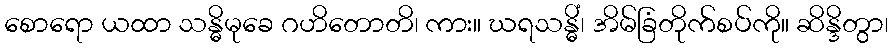
စောရော ယထာ သန္ဓိမုခေ ဂဟိတောတိ၊ ကား။ ဃရသန္ဓိံ၊ အိမ်ခြံတိုက်စပ်ကို။ ဆိန္ဒိတွာ၊